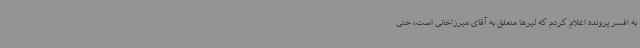
به افسر پرونده اعلام کردم که لیرها متعلق به آقای میرزاخانی است، حتی